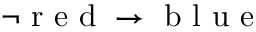
\neg \mathrm { ~ r ~ e ~ d ~ } \rightarrow \mathrm { ~ b ~ l ~ u ~ e ~ }